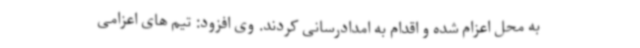
به محل اعزام شده و اقدام به امدادرسانی کردند. وی افزود: تیم های اعزامی